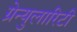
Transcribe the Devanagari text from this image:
ग्रेन्युलारिटी